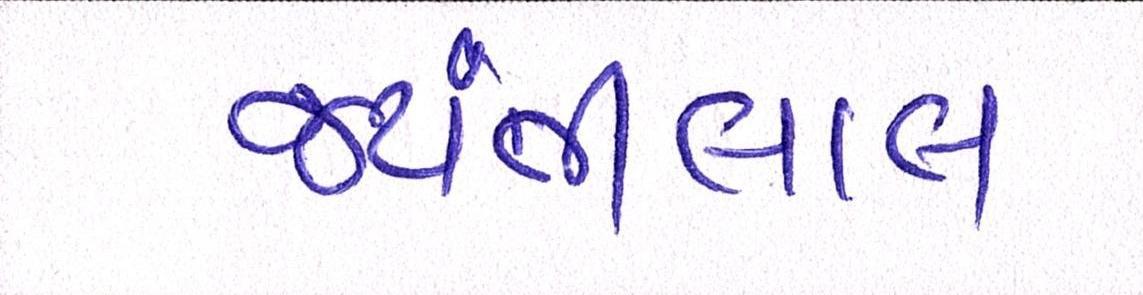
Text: જયંતીલાલ